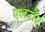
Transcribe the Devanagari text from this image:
एलटीए